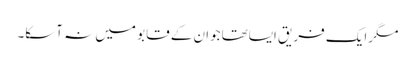
مگرایک فریق ایساتھاجوان کے قابو میں نہ آسکا۔